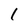
Character: l